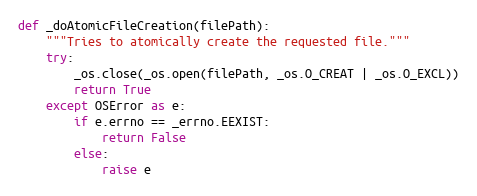
Language: Python
def _doAtomicFileCreation(filePath):
    """Tries to atomically create the requested file."""
    try:
        _os.close(_os.open(filePath, _os.O_CREAT | _os.O_EXCL))
        return True
    except OSError as e:
        if e.errno == _errno.EEXIST:
            return False
        else:
            raise e